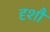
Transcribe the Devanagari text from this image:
दृशौ